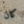
كان